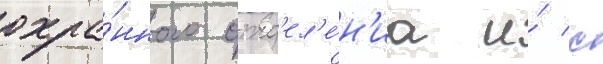
охра́нного отд'ел'е́н'иа и́ с